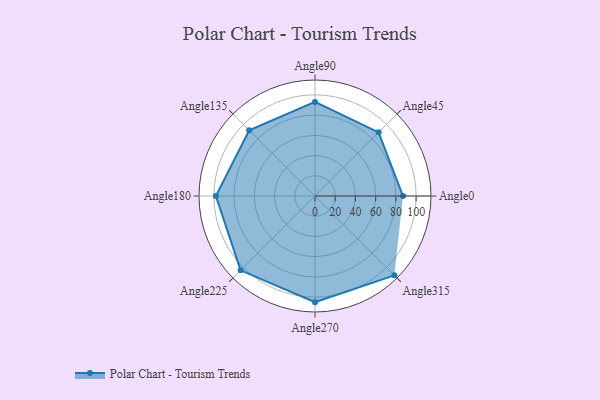
{"axis": {"x": "Angle", "y": "Radius"}, "legend": [""], "data": [{"x": "Angle0", "y": 87.0, "type": ""}, {"x": "Angle45", "y": 89.0, "type": ""}, {"x": "Angle90", "y": 93.0, "type": ""}, {"x": "Angle135", "y": 92.0, "type": ""}, {"x": "Angle180", "y": 98.0, "type": ""}, {"x": "Angle225", "y": 104.0, "type": ""}, {"x": "Angle270", "y": 105.0, "type": ""}, {"x": "Angle315", "y": 111.0, "type": ""}]}